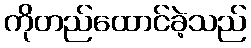
ကိုတည်ထောင်ခဲ့သည်